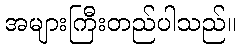
အများကြီးတည်ပါသည်။